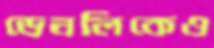
ডেনলিকেও